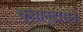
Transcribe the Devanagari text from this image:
क्वान्टासने